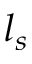
l _ { s }